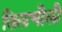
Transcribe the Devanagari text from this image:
तिलचौली